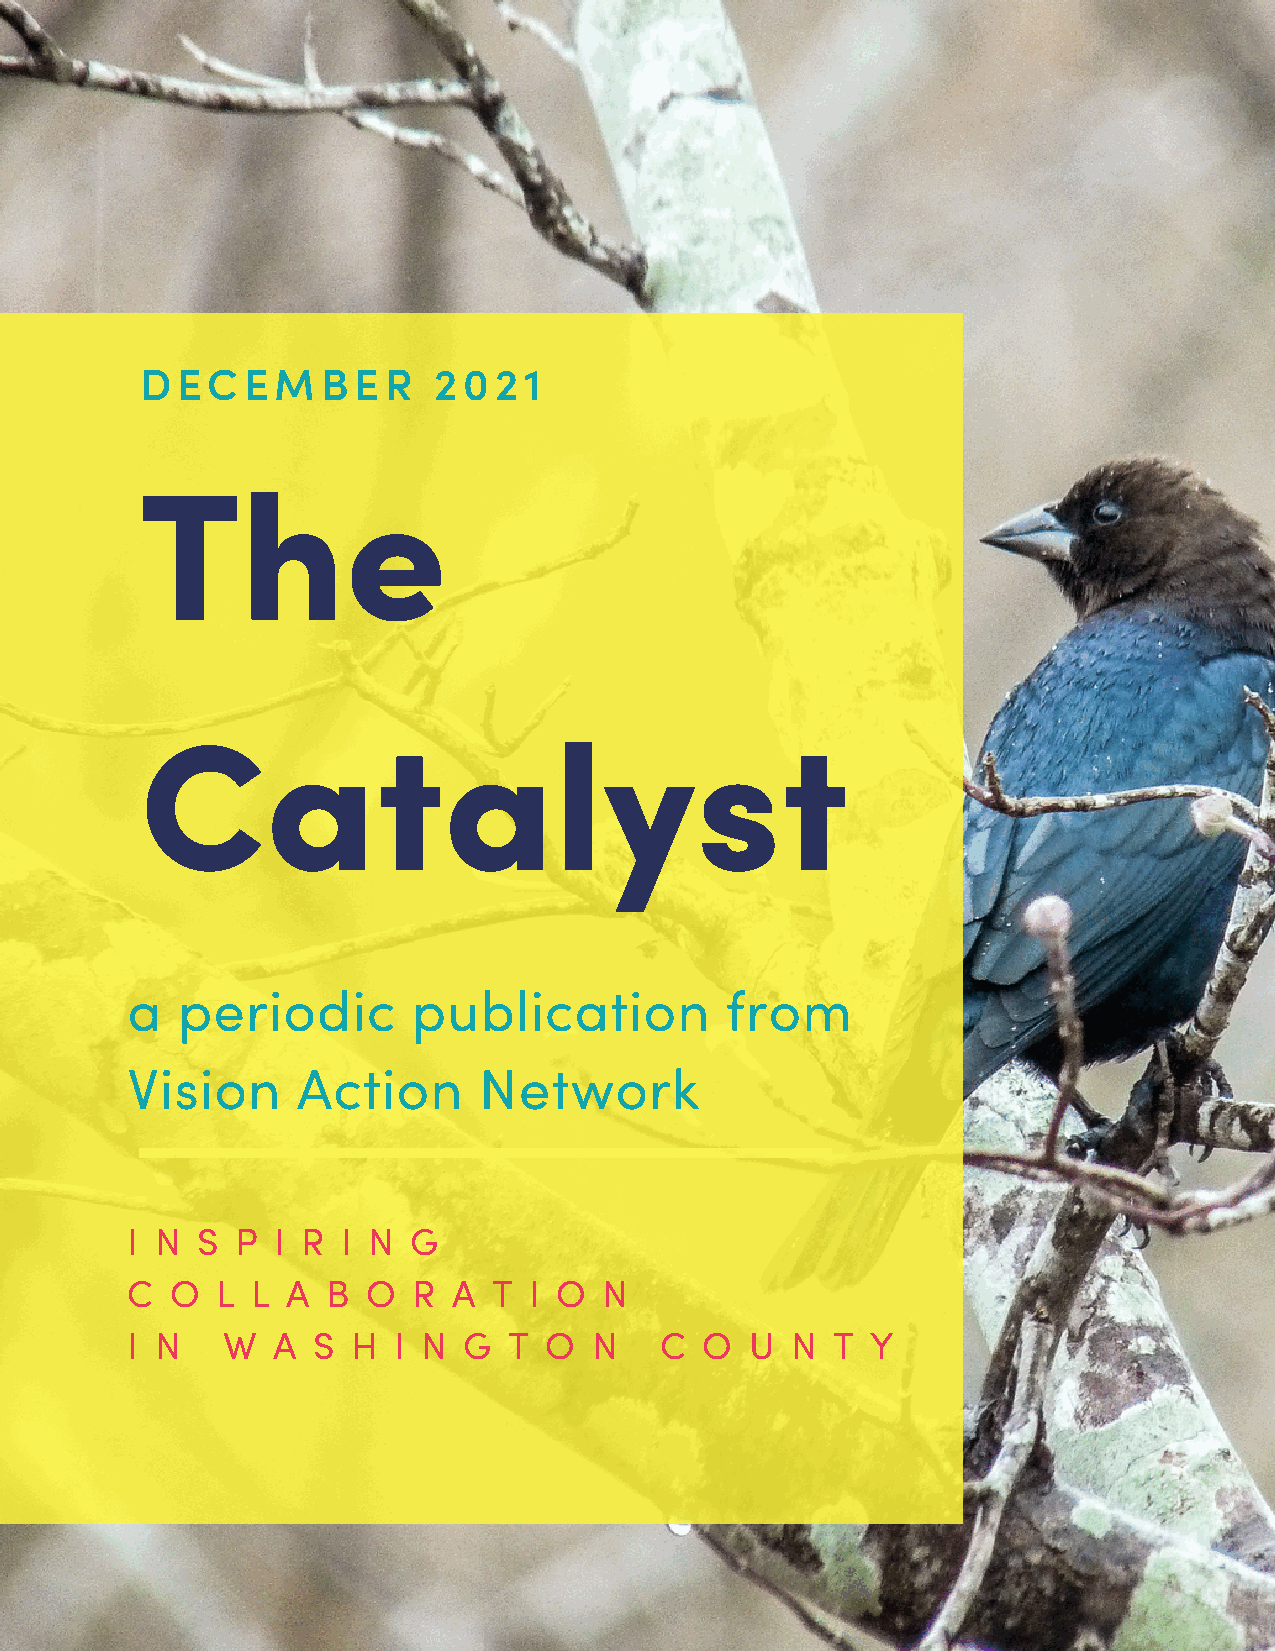
DECEMBER            2021
 The
 Catalyst
 a   periodic       publication          from
 Vision      Action      Network
 I N  S  P I R  I N G
 C  O  L  L A  B O  R  A  T I O  N
 I N    W  A  S H  I N  G  T O  N    C  O  U N  T  Y